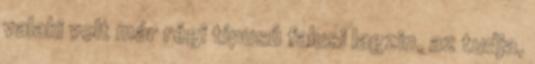
valaki volt már régi típusú falusi lagzin, az tudja,